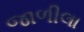
જાળીલા